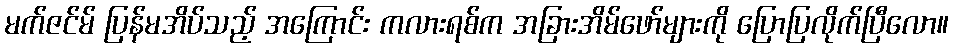
မက်ဇင်မ် ပြန်မအိပ်သည့် အကြောင်း ကလားရစ်က အခြားအိမ်ဖော်များကို ပြောပြလိုက်ပြီလော။